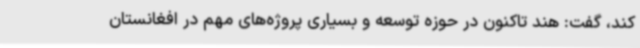
کند، گفت: هند تاکنون در حوزه توسعه و بسیاری پروژه‌های مهم در افغانستان